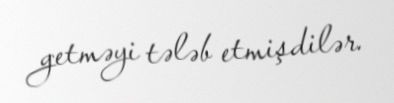
getməyi tələb etmişdilər.